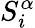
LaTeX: S_{i}^{\alpha}